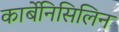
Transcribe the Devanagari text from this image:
कार्बेनिसिलिन